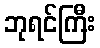
ဘုရင်ကြီး